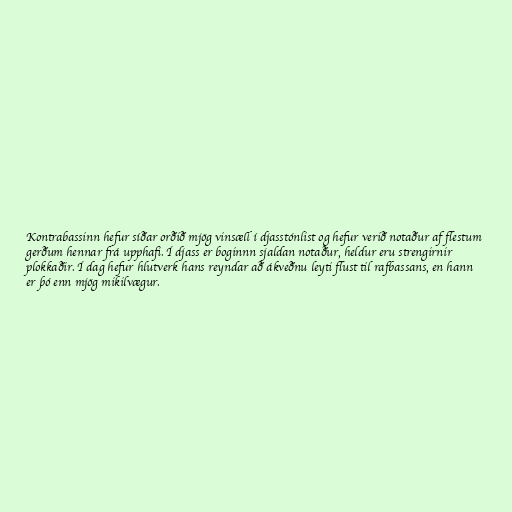
Kontrabassinn hefur síðar orðið mjög vinsæll í djasstónlist og hefur verið notaður af flestum
gerðum hennar frá upphafi. Í djass er boginnn sjaldan notaður, heldur eru strengirnir
plokkaðir. Í dag hefur hlutverk hans reyndar að ákveðnu leyti flust til rafbassans, en hann
er þó enn mjög mikilvægur.